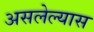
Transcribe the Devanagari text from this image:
असलेल्यास